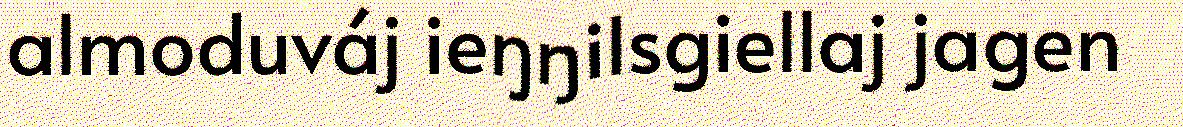
almoduváj ieŋŋilsgiellaj jagen